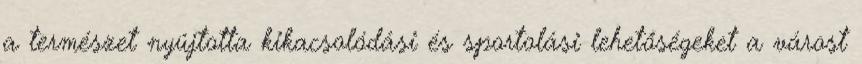
a természet nyújtotta kikacsolódási és sportolási lehetőségeket a várost